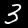
Digit: 3